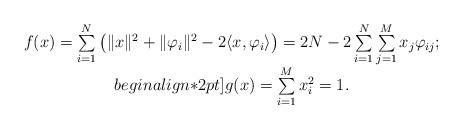
LaTeX: \begin{align*}\begin{array}{c}f(x)=\sum\limits_{i=1}^{N}\big(\|x\|^{2}+\|\varphi_{i}\|^{2}-2\langle x,\varphi_{i}\rangle\big)=2N-2\sum\limits_{i=1}^{N}\sum\limits_{j=1}^{M}x_{j}\varphi_{ij};\\begin{align*}2 pt]g(x)=\sum\limits_{i=1}^{M}x_{i}^{2}=1.\end{array}\end{align*}